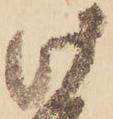
此